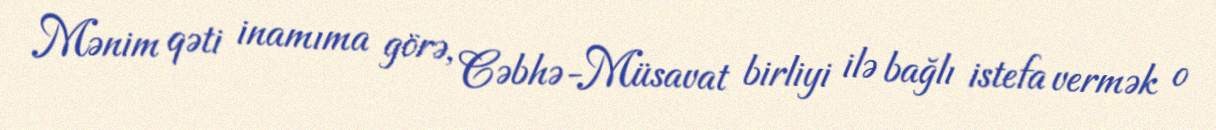
Mənim qəti inamıma görə, Cəbhə-Müsavat birliyi ilə bağlı istefa vermək o